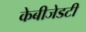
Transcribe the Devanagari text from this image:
केबीजेडटी